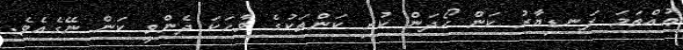
ޢުއްތަމަ ފަނޑިޔާރު ކަން ހޯދަން ކުރި ކަންތަކުގެ ވާހަކަ ދެންވީ ކަން ނޭގެއެވެ.